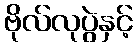
ဗိုလ်လုပွဲနှင့်